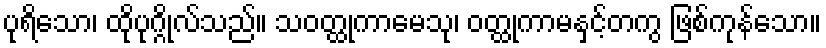
ပုရိသော၊ ထိုပုဂ္ဂိုလ်သည်။ သဝတ္ထုကာမေသု၊ ဝတ္ထုကာမနှင့်တကွ ဖြစ်ကုန်သော။